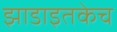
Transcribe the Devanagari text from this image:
झाडाइतकेच